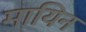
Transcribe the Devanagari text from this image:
मायिन